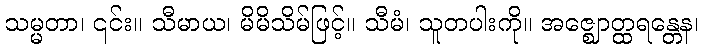
သမ္မတာ၊ ၎င်း။ သီမာယ၊ မိမိသိမ်ဖြင့်။ သီမံ၊ သူတပါးကို။ အဇ္ဈောတ္ထရန္တေန၊